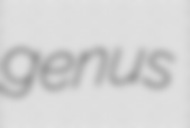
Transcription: genus